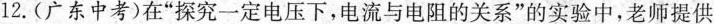
12.(广东中考)在”探究一定电压下，电流与电阻的关系”的实验中，老师提供